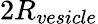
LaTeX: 2R_{vesicle}